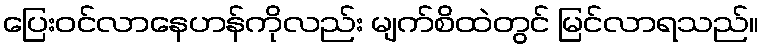
ပြေးဝင်လာနေဟန်ကိုလည်း မျက်စိထဲတွင် မြင်လာရသည်။